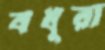
বধূরা